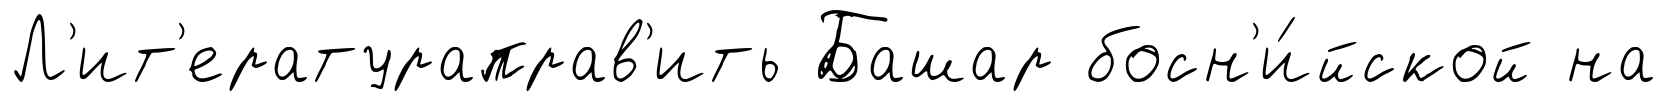
Л'ит'ератураправ'ить Башар босн'и́йской на